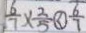
\frac { 6 } { 7 } \times \frac { 2 } { 5 } \textcircled { < } \frac { 6 } { 7 }